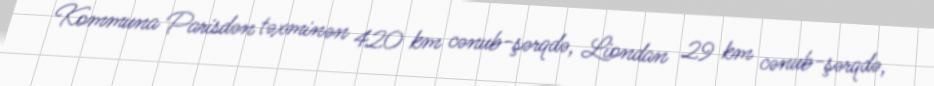
Kommuna Parisdən təxminən 420 km cənub-şərqdə, Liondan 29 km cənub-şərqdə,